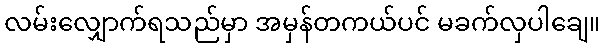
လမ်းလျှောက်ရသည်မှာ အမှန်တကယ်ပင် မခက်လှပါချေ။